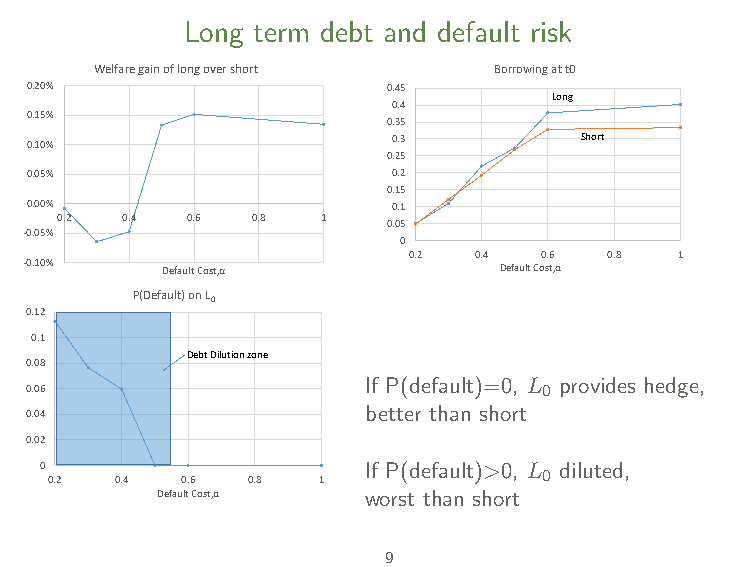
Long term debt and default risk
 Welfare gain of long over short Borrowing at t0
 0.20%                   0.45
 Long
 0.4
 0.15%
 0.35
 0.10%                   0.3         Short
 0.25
 0.05%                   0.2
 0.15
 0.00%                   0.1
 0.2 0.4 0.6  0.8 1    0.05
 -0.05%
 0
 0.2 0.4  0.6 0.8  1
 -0.10%   Default Cost,α        Default Cost,α
 P(Default) on L0
 0.12
 0.1
 Debt Dilution zone
 0.08
 If P(default)=0, L provides hedge,
 0.06                              0
 better than short
 0.04
 0.02
 0                    If P(default)>0, L diluted,
 0
 0.2  0.4 0.6 0.8  1
 Default Cost,α worst than short
 9